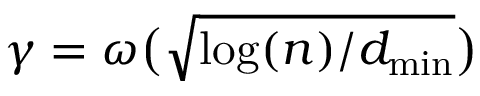
\gamma = \omega \big ( \sqrt { \log ( n ) / d _ { \operatorname* { m i n } } } \big )